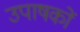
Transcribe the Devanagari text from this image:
उपाषकों